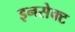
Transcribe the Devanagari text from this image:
इनसेक्ट